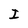
Character: I